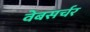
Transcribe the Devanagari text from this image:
वेबसर्चर